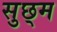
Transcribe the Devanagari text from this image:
सुछ्म